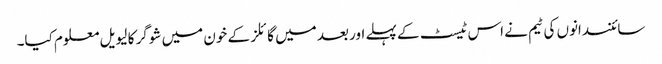
سائنسدانوں کی ٹیم نے اس ٹیسٹ کے پہلے اور بعد میں گائلز کے خون میں شوگر کا لیویل معلوم کیا۔